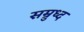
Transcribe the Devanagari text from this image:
सम्रुध्द